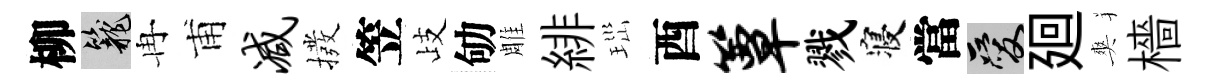
柳籠冉甫减撥笠歧劬雕緋𤤼酉簟戮寝當爱廻爽檣